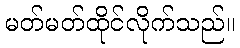
မတ်မတ်ထိုင်လိုက်သည်။